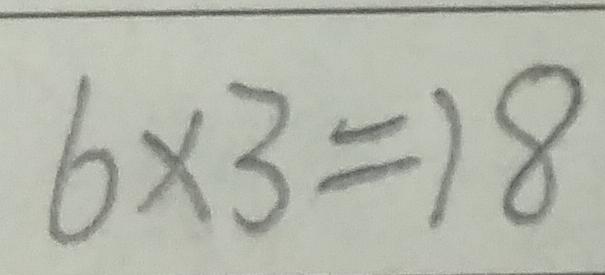
6 \times 3 = 1 8